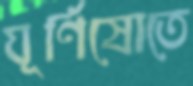
ঘূর্ণিস্রোতে